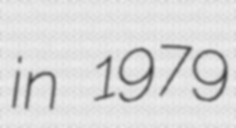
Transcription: in 1979